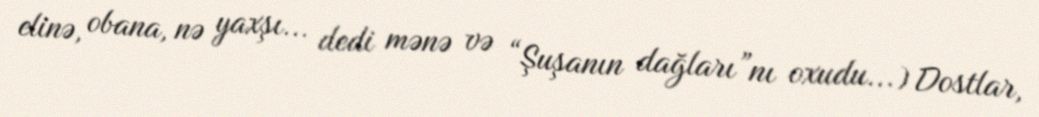
elinə, obana, nə yaxşı... dedi mənə və “Şuşanın dağları”nı oxudu...) Dostlar,